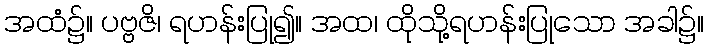
အထံ၌။ ပဗ္ဗဇိ၊ ရဟန်းပြု၍။ အထ၊ ထိုသို့ရဟန်းပြုသော အခါ၌။